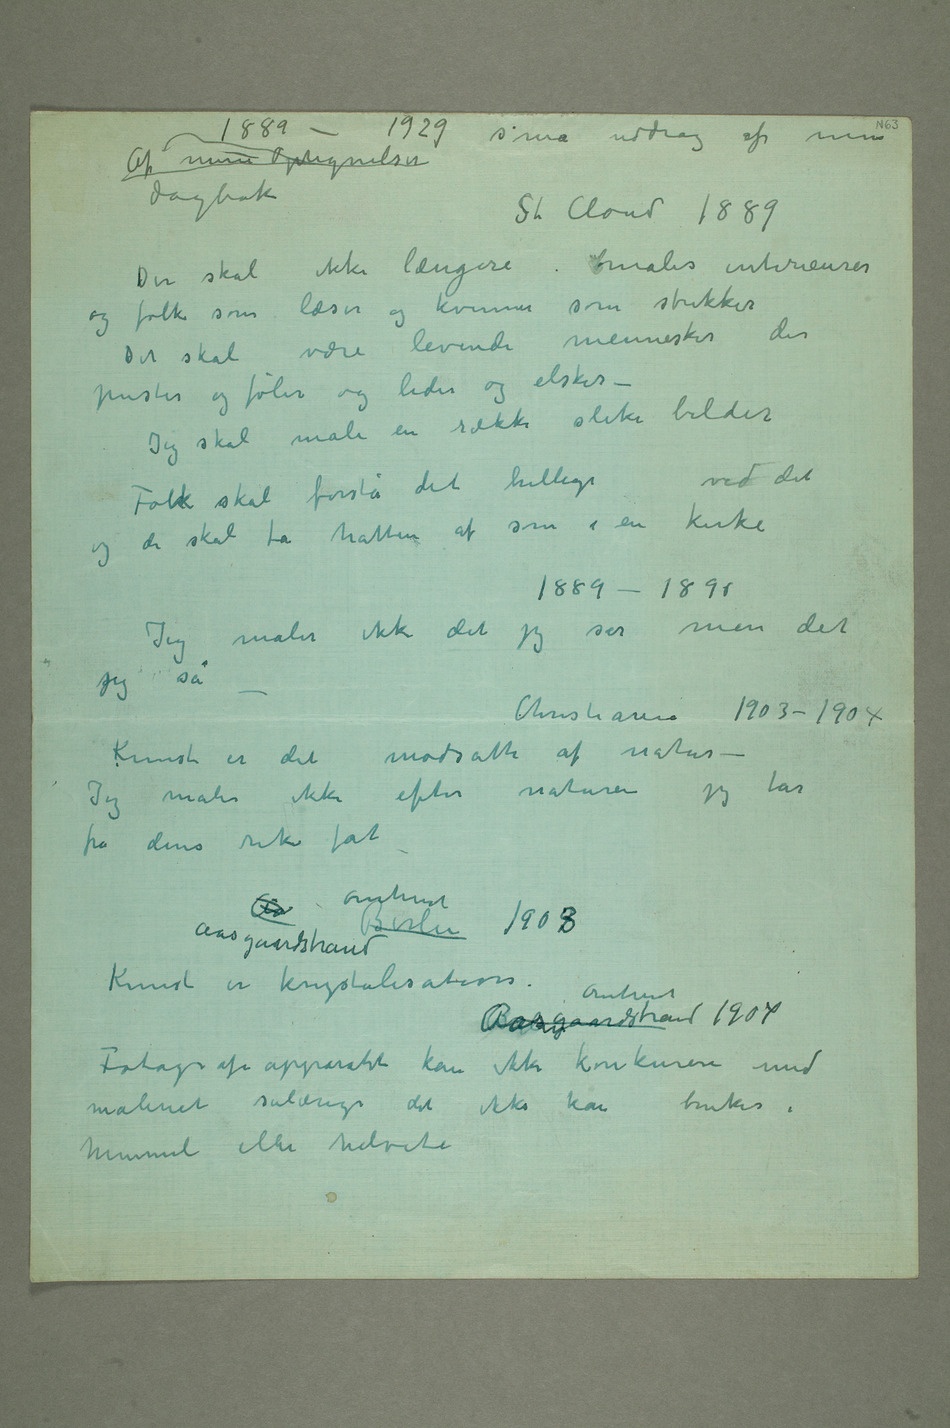
Af mine Optegnelser
St. Cloud 1889
Der skal ikke længere males interieurer
og folk som læser og kvinner som strikker
Det skal være levende mennesker der
puster og føler og lider og elsker
– Jeg skal male en række slike bilder
Folk skal forstå det hellige ved det
og de skal ta hatten af som i en kirke
1889–1890
Jeg maler ikke det jeg ser men det
sjeg så
Christiania 1903–1904
Kunst er det modsatte af natur –
Jeg maler ikke efter naturen jeg tar
fra dens rike fat –
Fotografiapparatet kan ikke konkurere med
maleriet sålænge det ikke kan brukes i
himmel eller helvete